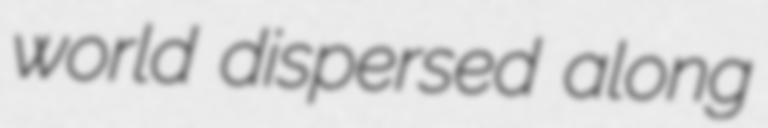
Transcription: world dispersed along